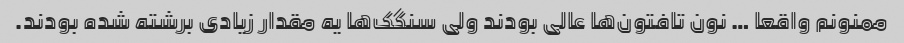
ممنونم واقعا … نون تافتون‌ها عالی بودند ولی سنگک‌ها یه مقدار زیادی برشته شده بودند.